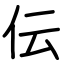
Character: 伝